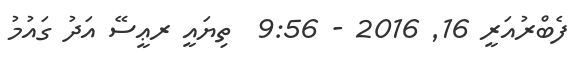
ފެބްރުއަރީ 16